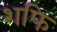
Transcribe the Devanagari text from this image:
शफि